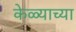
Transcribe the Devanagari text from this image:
केळ्याच्या